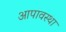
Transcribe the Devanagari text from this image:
आपावस्था